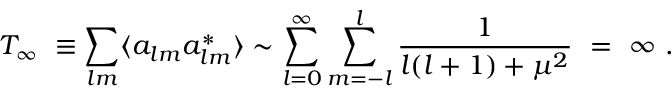
T _ { \infty } \ \equiv \sum _ { l m } \langle a _ { l m } a _ { l m } ^ { * } \rangle \sim \sum _ { l = 0 } ^ { \infty } \sum _ { m = - l } ^ { l } \frac { 1 } { l ( l + 1 ) + \mu ^ { 2 } } \ = \ \infty \ .